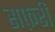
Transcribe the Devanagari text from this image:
सफ़री